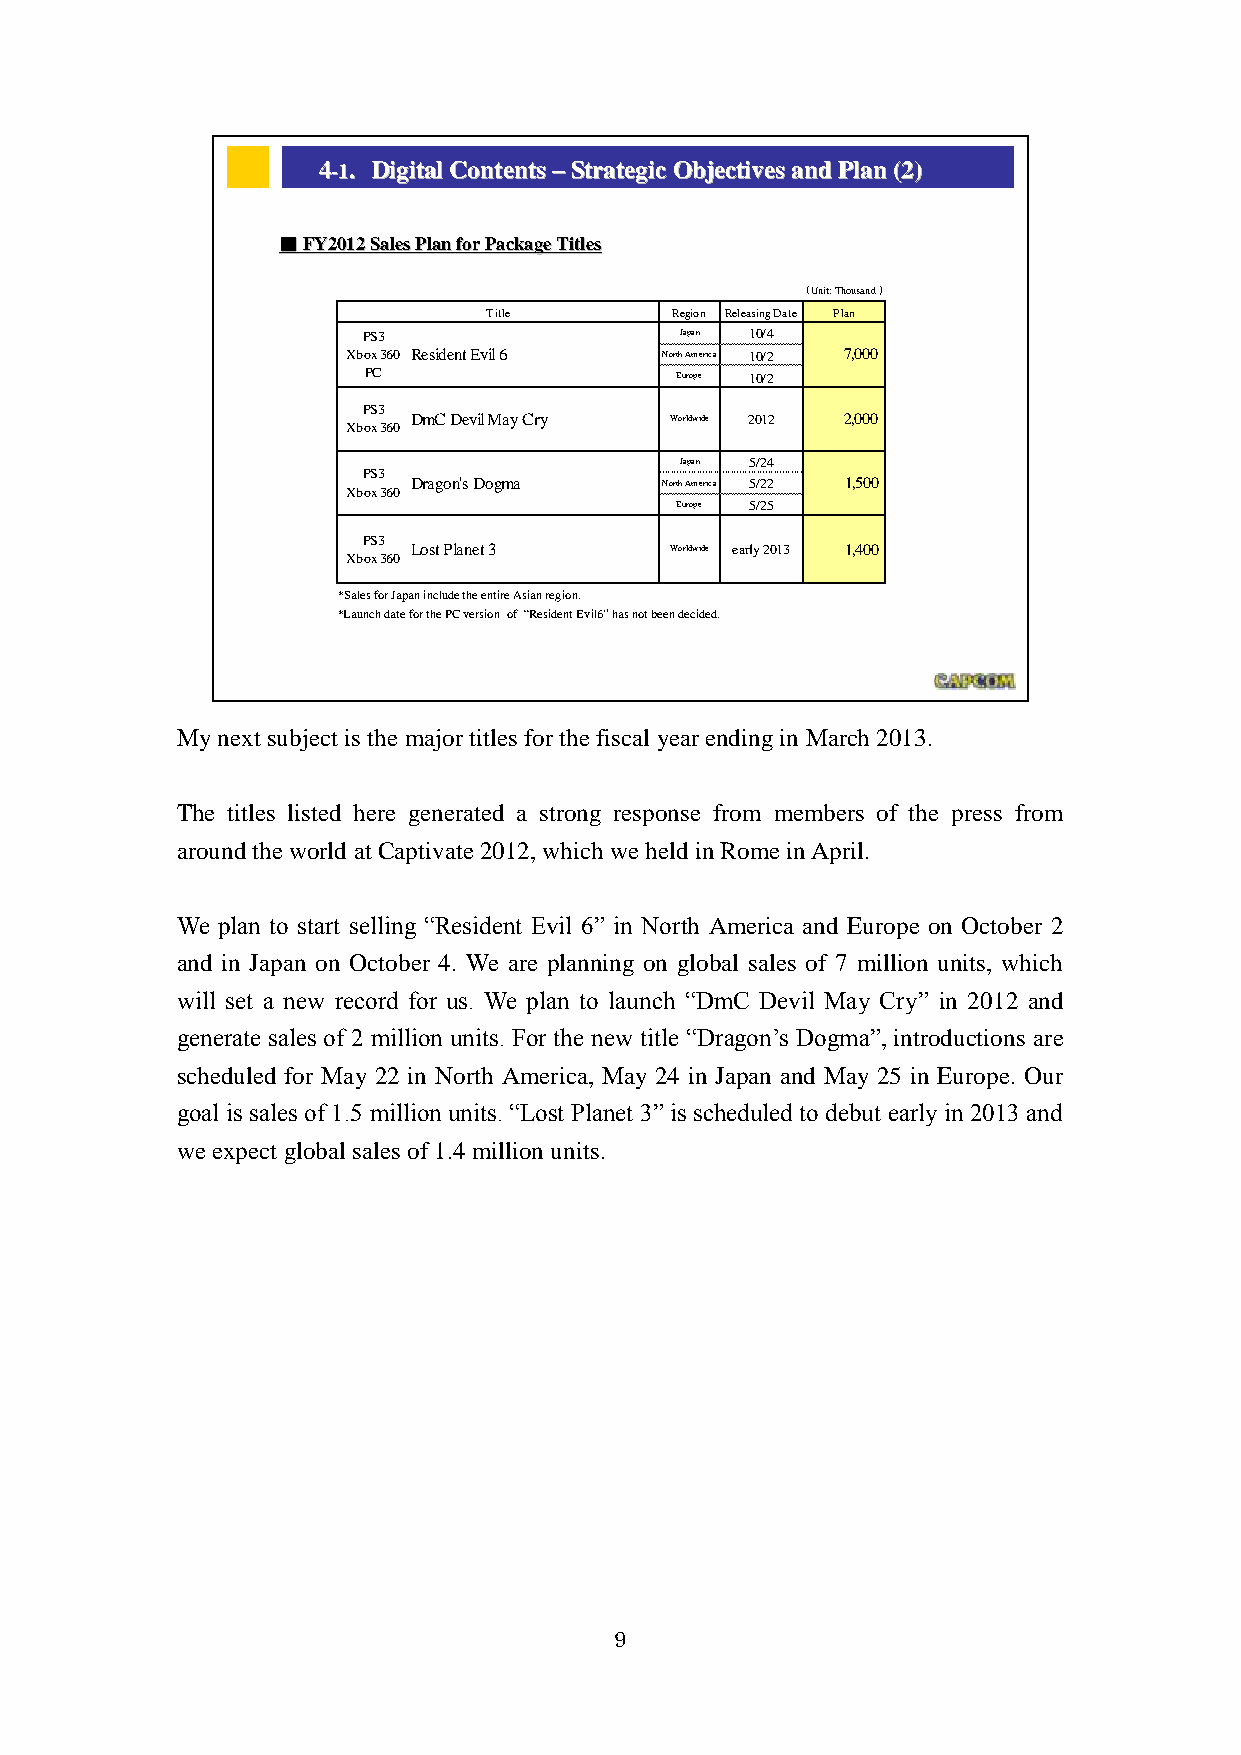
44--11.. DDiiggiittaall CCoonntteennttss ––SSttrraatteeggiicc OObbjjeeccttiivveess aanndd PPllaann ((22))
 ■■FFYY22001122 SSaalleess PPllaann ffoorr PPaacckkaaggee TTiittlleess
 （Unit: Thousand ）
 Title       Region Releasing Date Plan
 PS3                  Japan 10/4
 Xbox 360 Resident Evil 6 North America 10/2 7,000
 PC                   Europe 10/2
 PS3
 DmC Devil May Cry Worldwide 2012 2,000
 Xbox 360
 Japan 5/24
 PS3
 Dragon's Dogma   North America 5/22 1,500
 Xbox 360
 Europe 5/25
 PS3
 Lost Planet 3    Worldwide early 2013 1,400
 Xbox 360
 *Sales for Japan include the entire Asian region.
 *Launch date for the PC version of “Resident Evil6”has not been decided.
 Capcom Public Relations & Investor Relations Section
 1155
 My next subject is the major titles for the fiscal year ending in March 2013.
 The titles listed here generated a strong response from members of the press from
 around the world at Captivate 2012, which we held in Rome in April.
 We plan to start selling “Resident Evil 6” in North America and Europe on October 2
 and in Japan on October 4. We are planning on global sales of 7 million units, which
 will set a new record for us. We plan to launch “DmC Devil May Cry” in 2012 and
 generate sales of 2 million units. For the new title “Dragon’s Dogma”, introductions are
 scheduled for May 22 in North America, May 24 in Japan and May 25 in Europe. Our
 goal is sales of 1.5 million units. “Lost Planet 3” is scheduled to debut early in 2013 and
 we expect global sales of 1.4 million units.
 9